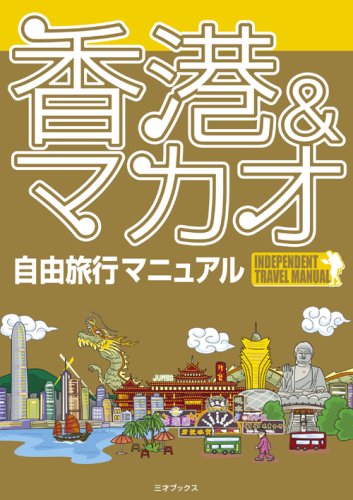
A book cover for Hong Kong & Macau free travel guide (2008) ISBN: 4861991692 [Japanese Import]; Travel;